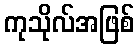
ကုသိုလ်အဖြစ်